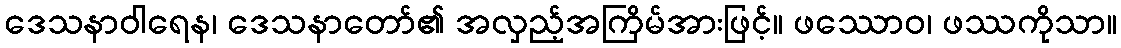
ဒေသနာဝါရေန၊ ဒေသနာတော်၏ အလှည့်အကြိမ်အားဖြင့်။ ဖဿောဝ၊ ဖဿကိုသာ။